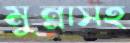
মুন্নাসহ